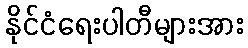
နိုင်ငံရေးပါတီများအား